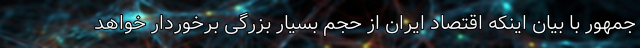
جمهور با بیان اینکه اقتصاد ایران از حجم بسیار بزرگی برخوردار خواهد